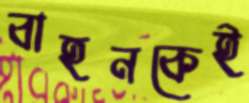
বাহনকেই